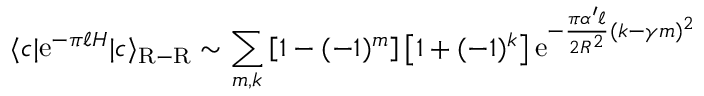
\langle c | \mathrm { e } ^ { - \pi \ell H } | c \rangle _ { \mathrm { R - R } } \sim \sum _ { m , k } \left[ 1 - ( - 1 ) ^ { m } \right] \left[ 1 + ( - 1 ) ^ { k } \right] \mathrm { e } ^ { - { \frac { \pi \alpha ^ { \prime } \ell } { 2 R ^ { 2 } } } ( k - \gamma m ) ^ { 2 } }